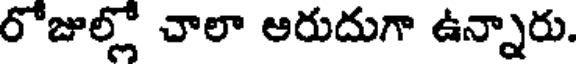
రోజుల్లో చాలా ఆరుదుగా ఉన్నారు.